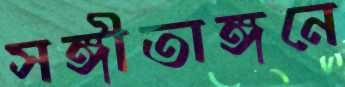
সঙ্গীতাঙ্গনে